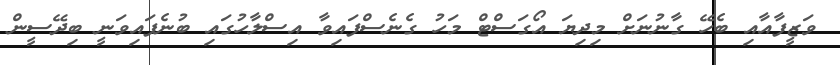
ވަޒީފާއާއި ބެހޭ ގާނުނަށް މިދިޔަ އޯގަސްޓް މަހު ގެނެސްފައިވާ އިސްލާހުގައި ބުނެފައިވަނީ ބިދޭސީން